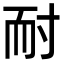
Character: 耐